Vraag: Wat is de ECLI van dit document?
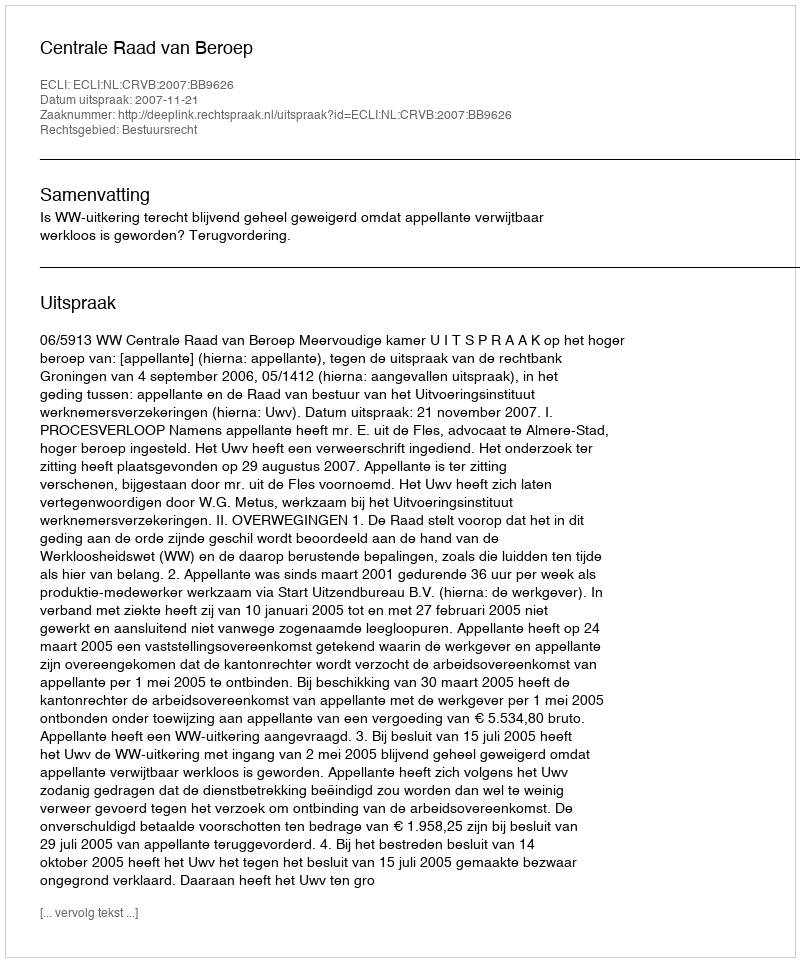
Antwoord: ECLI:NL:CRVB:2007:BB9626